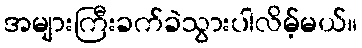
အများကြီးခက်ခဲသွားပါလိမ့်မယ်။